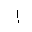
Letter: _alif